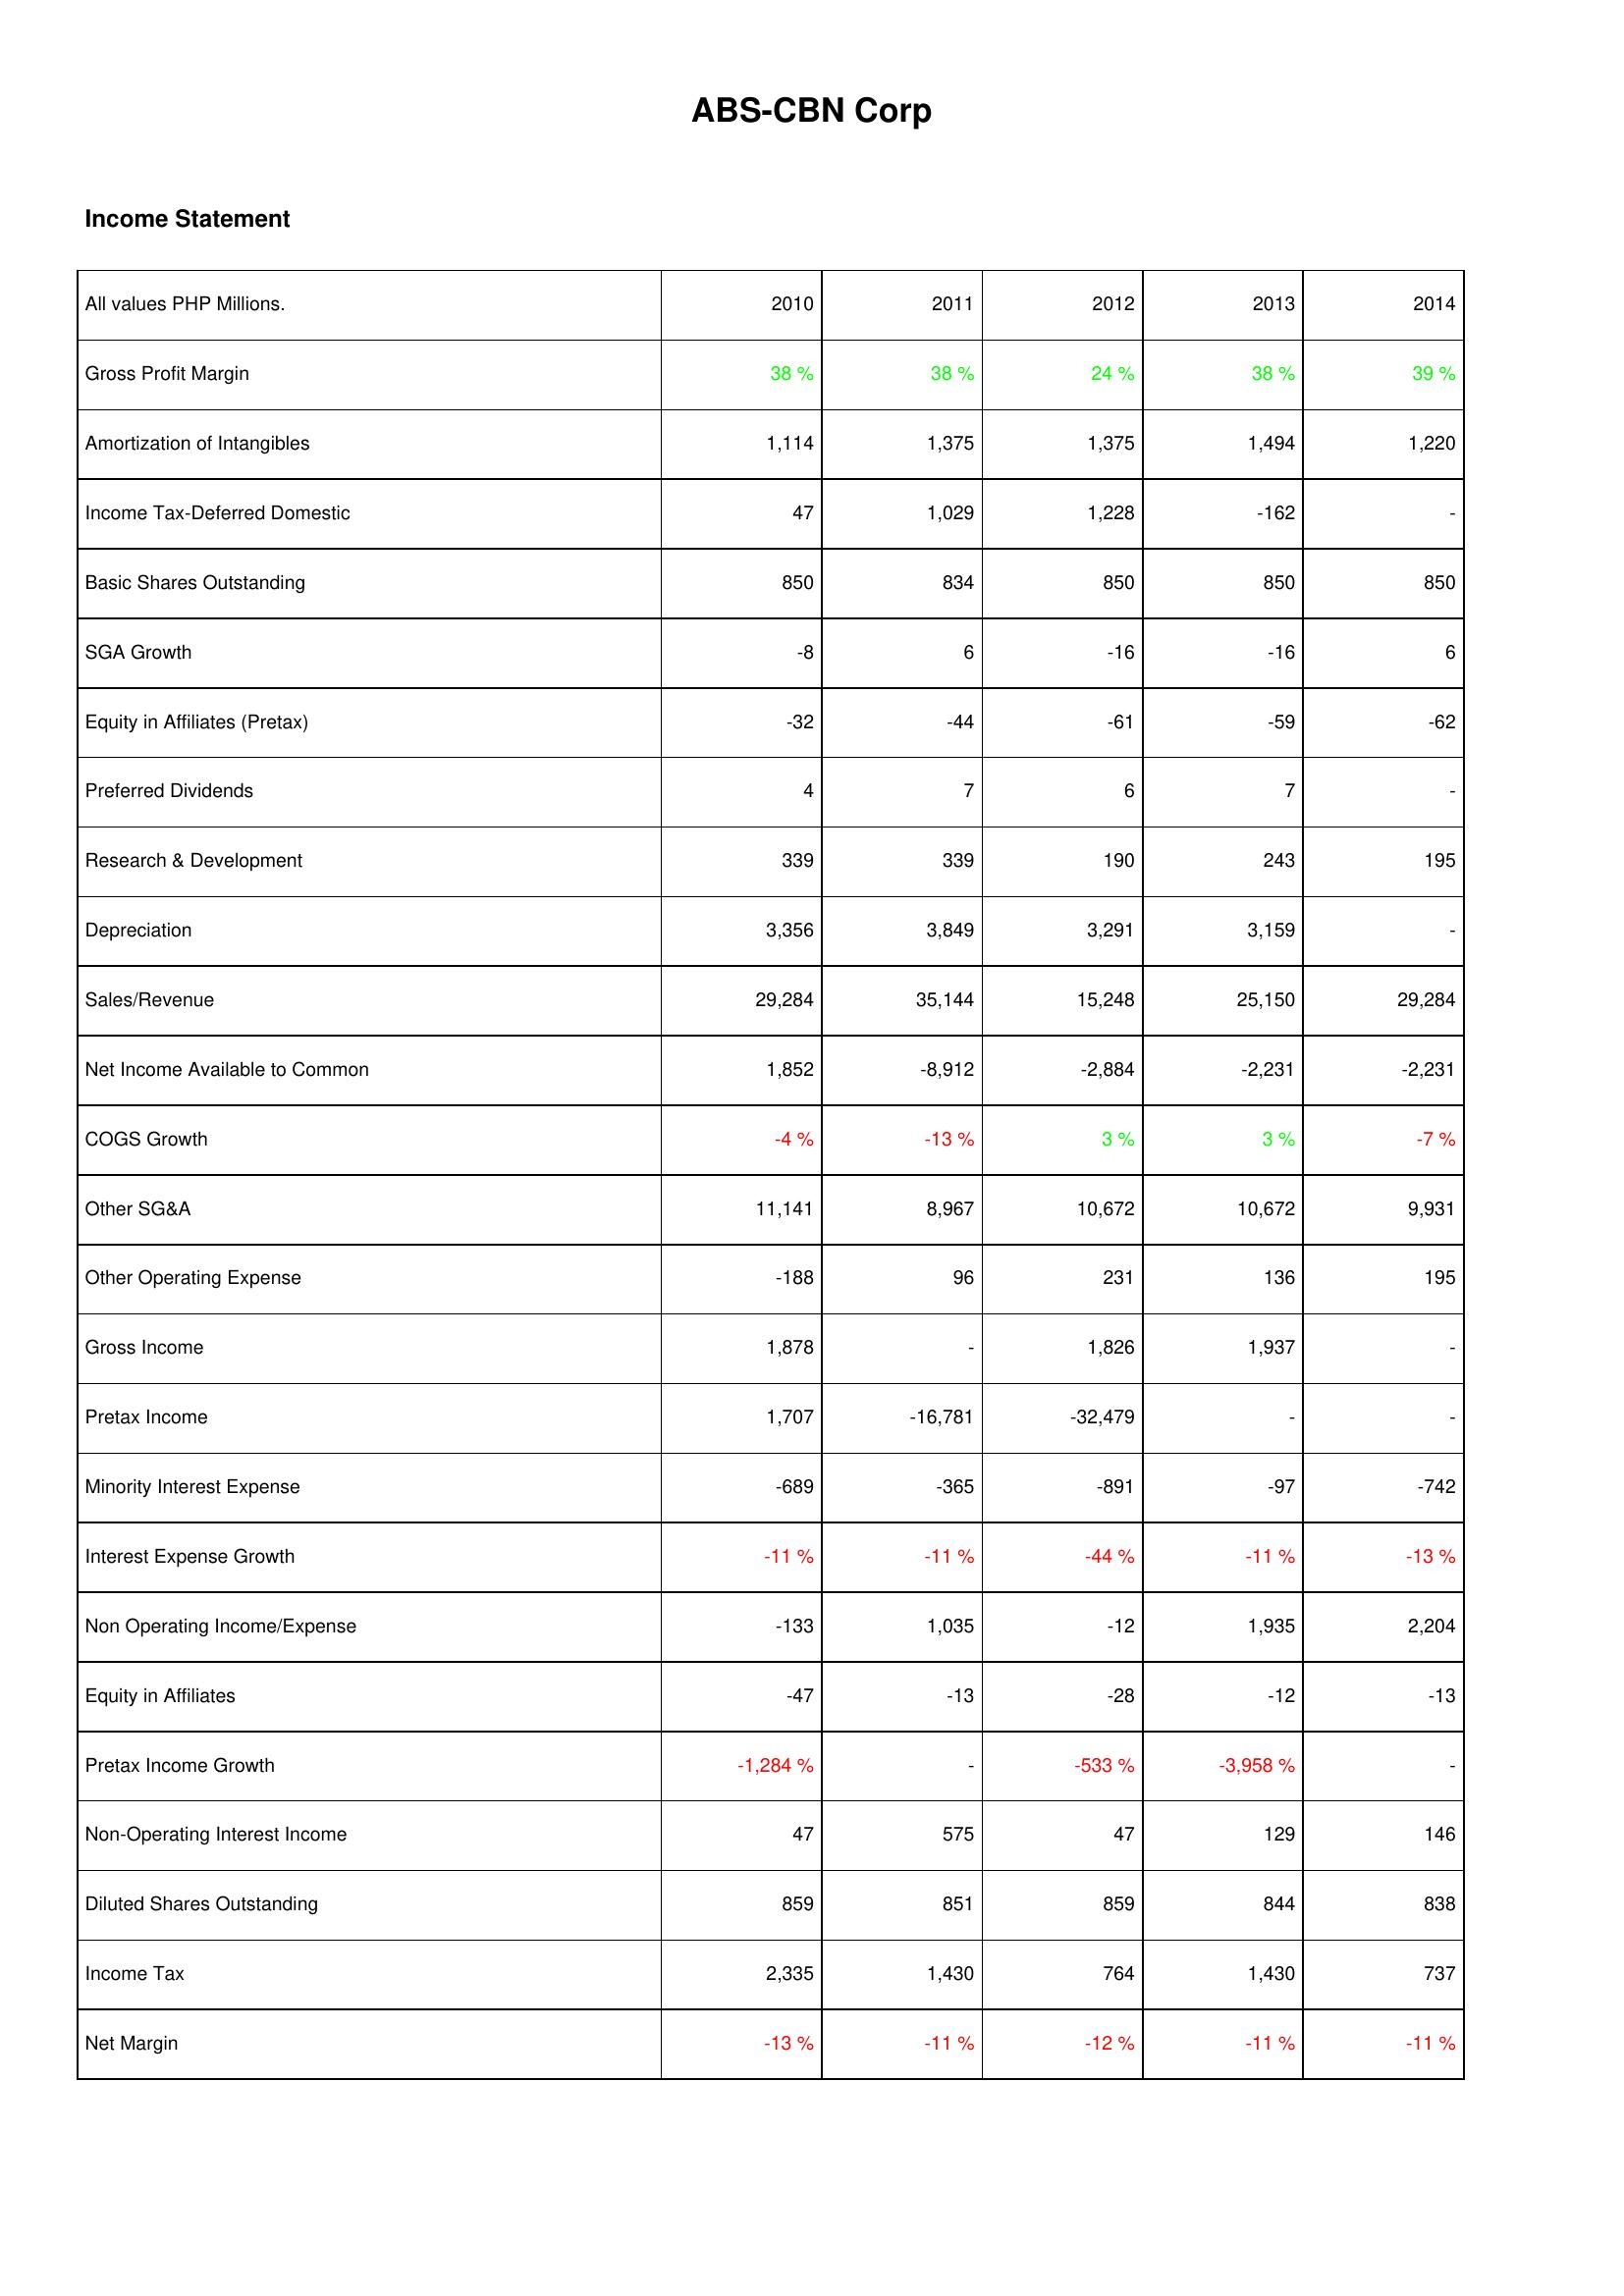
2010: Income Statement: Gross Profit Margin: 38 %
Amortization of Intangibles: 1,114
Income Tax-Deferred Domestic: 47
Basic Shares Outstanding: 850
SGA Growth: -8
Equity in Affiliates (Pretax): -32
Preferred Dividends: 4
Research & Development: 339
Depreciation: 3,356
Sales/Revenue: 29,284
Net Income Available to Common: 1,852
COGS Growth: -4 %
Other SG&A: 11,141
Other Operating Expense: -188
Gross Income: 1,878
Pretax Income: 1,707
Minority Interest Expense: -689
Interest Expense Growth: -11 %
Non Operating Income/Expense: -133
Equity in Affiliates: -47
Pretax Income Growth: -1,284 %
Non-Operating Interest Income: 47
Diluted Shares Outstanding: 859
Income Tax: 2,335
Net Margin: -13 %
2011: Income Statement: Gross Profit Margin: 38 %
Amortization of Intangibles: 1,375
Income Tax-Deferred Domestic: 1,029
Basic Shares Outstanding: 834
SGA Growth: 6
Equity in Affiliates (Pretax): -44
Preferred Dividends: 7
Research & Development: 339
Depreciation: 3,849
Sales/Revenue: 35,144
Net Income Available to Common: -8,912
COGS Growth: -13 %
Other SG&A: 8,967
Other Operating Expense: 96
Gross Income: -
Pretax Income: -16,781
Minority Interest Expense: -365
Interest Expense Growth: -11 %
Non Operating Income/Expense: 1,035
Equity in Affiliates: -13
Pretax Income Growth: -
Non-Operating Interest Income: 575
Diluted Shares Outstanding: 851
Income Tax: 1,430
Net Margin: -11 %
2012: Income Statement: Gross Profit Margin: 24 %
Amortization of Intangibles: 1,375
Income Tax-Deferred Domestic: 1,228
Basic Shares Outstanding: 850
SGA Growth: -16
Equity in Affiliates (Pretax): -61
Preferred Dividends: 6
Research & Development: 190
Depreciation: 3,291
Sales/Revenue: 15,248
Net Income Available to Common: -2,884
COGS Growth: 3 %
Other SG&A: 10,672
Other Operating Expense: 231
Gross Income: 1,826
Pretax Income: -32,479
Minority Interest Expense: -891
Interest Expense Growth: -44 %
Non Operating Income/Expense: -12
Equity in Affiliates: -28
Pretax Income Growth: -533 %
Non-Operating Interest Income: 47
Diluted Shares Outstanding: 859
Income Tax: 764
Net Margin: -12 %
2013: Income Statement: Gross Profit Margin: 38 %
Amortization of Intangibles: 1,494
Income Tax-Deferred Domestic: -162
Basic Shares Outstanding: 850
SGA Growth: -16
Equity in Affiliates (Pretax): -59
Preferred Dividends: 7
Research & Development: 243
Depreciation: 3,159
Sales/Revenue: 25,150
Net Income Available to Common: -2,231
COGS Growth: 3 %
Other SG&A: 10,672
Other Operating Expense: 136
Gross Income: 1,937
Pretax Income: -
Minority Interest Expense: -97
Interest Expense Growth: -11 %
Non Operating Income/Expense: 1,935
Equity in Affiliates: -12
Pretax Income Growth: -3,958 %
Non-Operating Interest Income: 129
Diluted Shares Outstanding: 844
Income Tax: 1,430
Net Margin: -11 %
2014: Income Statement: Gross Profit Margin: 39 %
Amortization of Intangibles: 1,220
Income Tax-Deferred Domestic: -
Basic Shares Outstanding: 850
SGA Growth: 6
Equity in Affiliates (Pretax): -62
Preferred Dividends: -
Research & Development: 195
Depreciation: -
Sales/Revenue: 29,284
Net Income Available to Common: -2,231
COGS Growth: -7 %
Other SG&A: 9,931
Other Operating Expense: 195
Gross Income: -
Pretax Income: -
Minority Interest Expense: -742
Interest Expense Growth: -13 %
Non Operating Income/Expense: 2,204
Equity in Affiliates: -13
Pretax Income Growth: -
Non-Operating Interest Income: 146
Diluted Shares Outstanding: 838
Income Tax: 737
Net Margin: -11 %